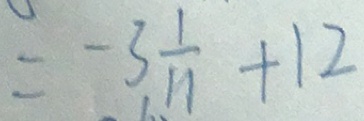
= - 3 \frac { 1 } { 1 1 } + 1 2